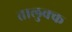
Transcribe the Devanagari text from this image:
तालुक्क